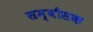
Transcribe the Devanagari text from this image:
सम्बौसक